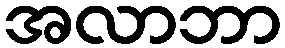
အလာဘာ